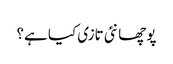
پوچھا نئی تازی کیا ہے؟